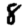
Digit: 8